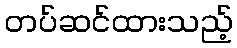
တပ်ဆင်ထားသည့်